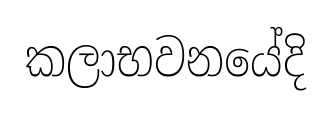
කලාභවනයේදි